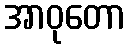
အာဝုတော